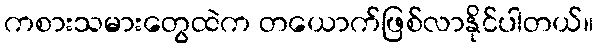
ကစားသမားတွေထဲက တယောက်ဖြစ်လာနိုင်ပါတယ်။